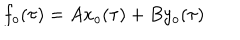
f _ { o } ( \tau ) = A x _ { o } ( \tau ) + B y _ { o } ( \tau )